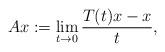
LaTeX: \begin{align*}Ax := \lim_{t \to 0} \dfrac{T(t)x-x}{t},\end{align*}